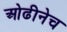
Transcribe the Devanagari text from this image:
ओढीनेच